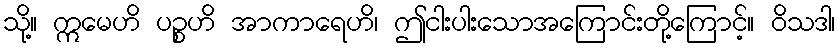
သို့။ ဣမေဟိ ပဉ္စဟိ အာကာရေဟိ၊ ဤငါးပါးသောအကြောင်းတို့ကြောင့်။ ဝိသဒါ၊